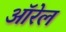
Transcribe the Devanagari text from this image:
ऑरेल